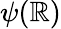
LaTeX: \psi(\mathbb{R})